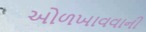
ઓળખાવવાની